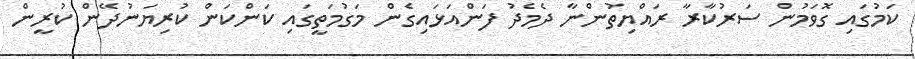
ކަމުގައި ގޮވަމުން ސަރުކާރާ ރައްޔިތުންނާ ދެމެދު ފަންއަޅައިގެން މަގުމަތީގައި ކަންކަން ކުރިޔަނުދޭން ކުރީން